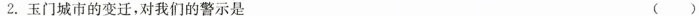
2.玉门城市的变迁，对我们的警示是 ( )